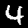
Digit: 4